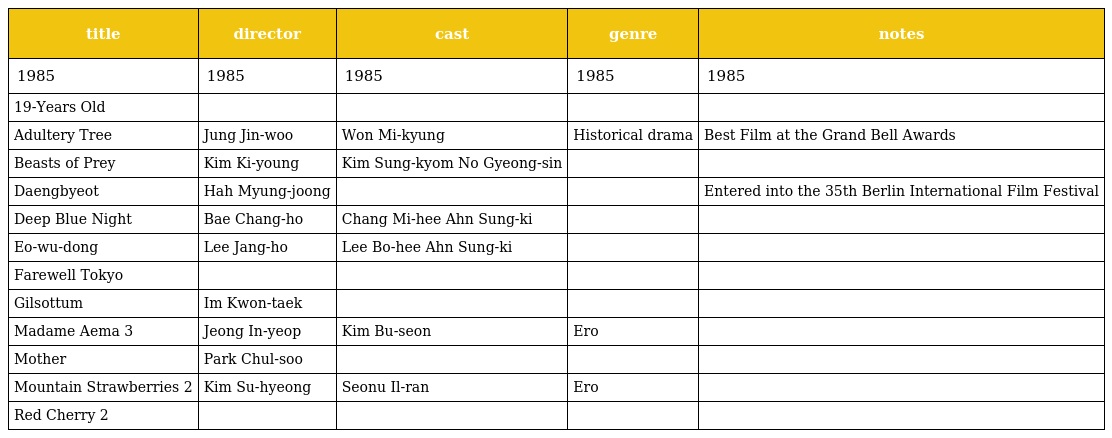
| title | director | cast | genre | notes |
 | --- | --- | --- | --- | --- |
 | 1985 | 1985 | 1985 | 1985 | 1985 |
 | 19-Years Old |  |  |  |  |
 | Adultery Tree | Jung Jin-woo | Won Mi-kyung | Historical drama | Best Film at the Grand Bell Awards |
 | Beasts of Prey | Kim Ki-young | Kim Sung-kyom No Gyeong-sin |  |  |
 | Daengbyeot | Hah Myung-joong |  |  | Entered into the 35th Berlin International Film Festival |
 | Deep Blue Night | Bae Chang-ho | Chang Mi-hee Ahn Sung-ki |  |  |
 | Eo-wu-dong | Lee Jang-ho | Lee Bo-hee Ahn Sung-ki |  |  |
 | Farewell Tokyo |  |  |  |  |
 | Gilsottum | Im Kwon-taek |  |  |  |
 | Madame Aema 3 | Jeong In-yeop | Kim Bu-seon | Ero |  |
 | Mother | Park Chul-soo |  |  |  |
 | Mountain Strawberries 2 | Kim Su-hyeong | Seonu Il-ran | Ero |  |
 | Red Cherry 2 |  |  |  |  |